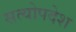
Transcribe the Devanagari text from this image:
सत्योपदेश